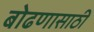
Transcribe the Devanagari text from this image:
बोढणासाठी